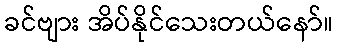
ခင်ဗျား အိပ်နိုင်သေးတယ်နော်။